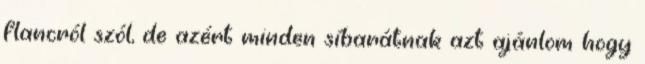
flancról szól, de azért minden síbarátnak azt ajánlom hogy